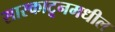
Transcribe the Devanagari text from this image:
सास्काटूनमधील